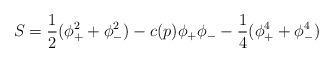
LaTeX: \begin{align*}S = { 1 \over 2} (\phi_+^2 + \phi_-^2) - c(p) \phi_+ \phi_- - {1 \over 4}(\phi_+^4 + \phi_-^4)\end{align*}